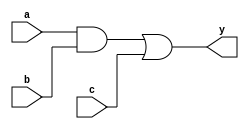
module simple_continuous_assignment (
    input wire a,        // Input signal a
    input wire b,        // Input signal b
    input wire c,        // Input signal c
    output wire y        // Output signal y
);

// Continuous assignment using the assign statement
// Here, y is assigned the result of the logical AND operation
assign y = (a & b) | c; // y is true if both a and b are true, or if c is true

endmodule